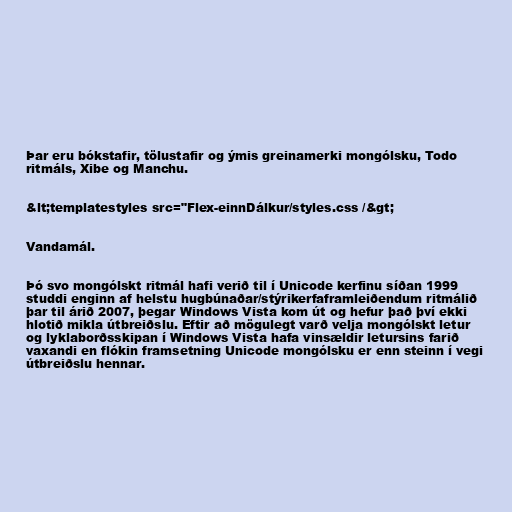
Þar eru bókstafir, tölustafir og ýmis greinamerki mongólsku, Todo
ritmáls, Xibe og Manchu.

&lt;templatestyles src="Flex-einnDálkur/styles.css /&gt;

Vandamál.

Þó svo mongólskt ritmál hafi verið til í Unicode kerfinu síðan 1999
studdi enginn af helstu hugbúnaðar/stýrikerfaframleiðendum ritmálið
þar til árið 2007, þegar Windows Vista kom út og hefur það því ekki
hlotið mikla útbreiðslu. Eftir að mögulegt varð velja mongólskt letur
og lyklaborðsskipan í Windows Vista hafa vinsældir letursins farið
vaxandi en flókin framsetning Unicode mongólsku er enn steinn í vegi
útbreiðslu hennar.